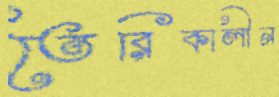
তৈরিকালীন